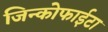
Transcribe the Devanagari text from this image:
जिन्कोफाईटा